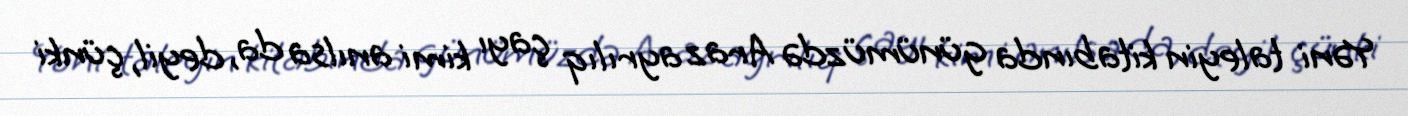
Yəni taleyin kitabında günümüzdə Araz ayrılıq çayı kimi anılsa da, deyil, çünki